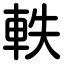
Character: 軼